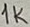
Text: 1k